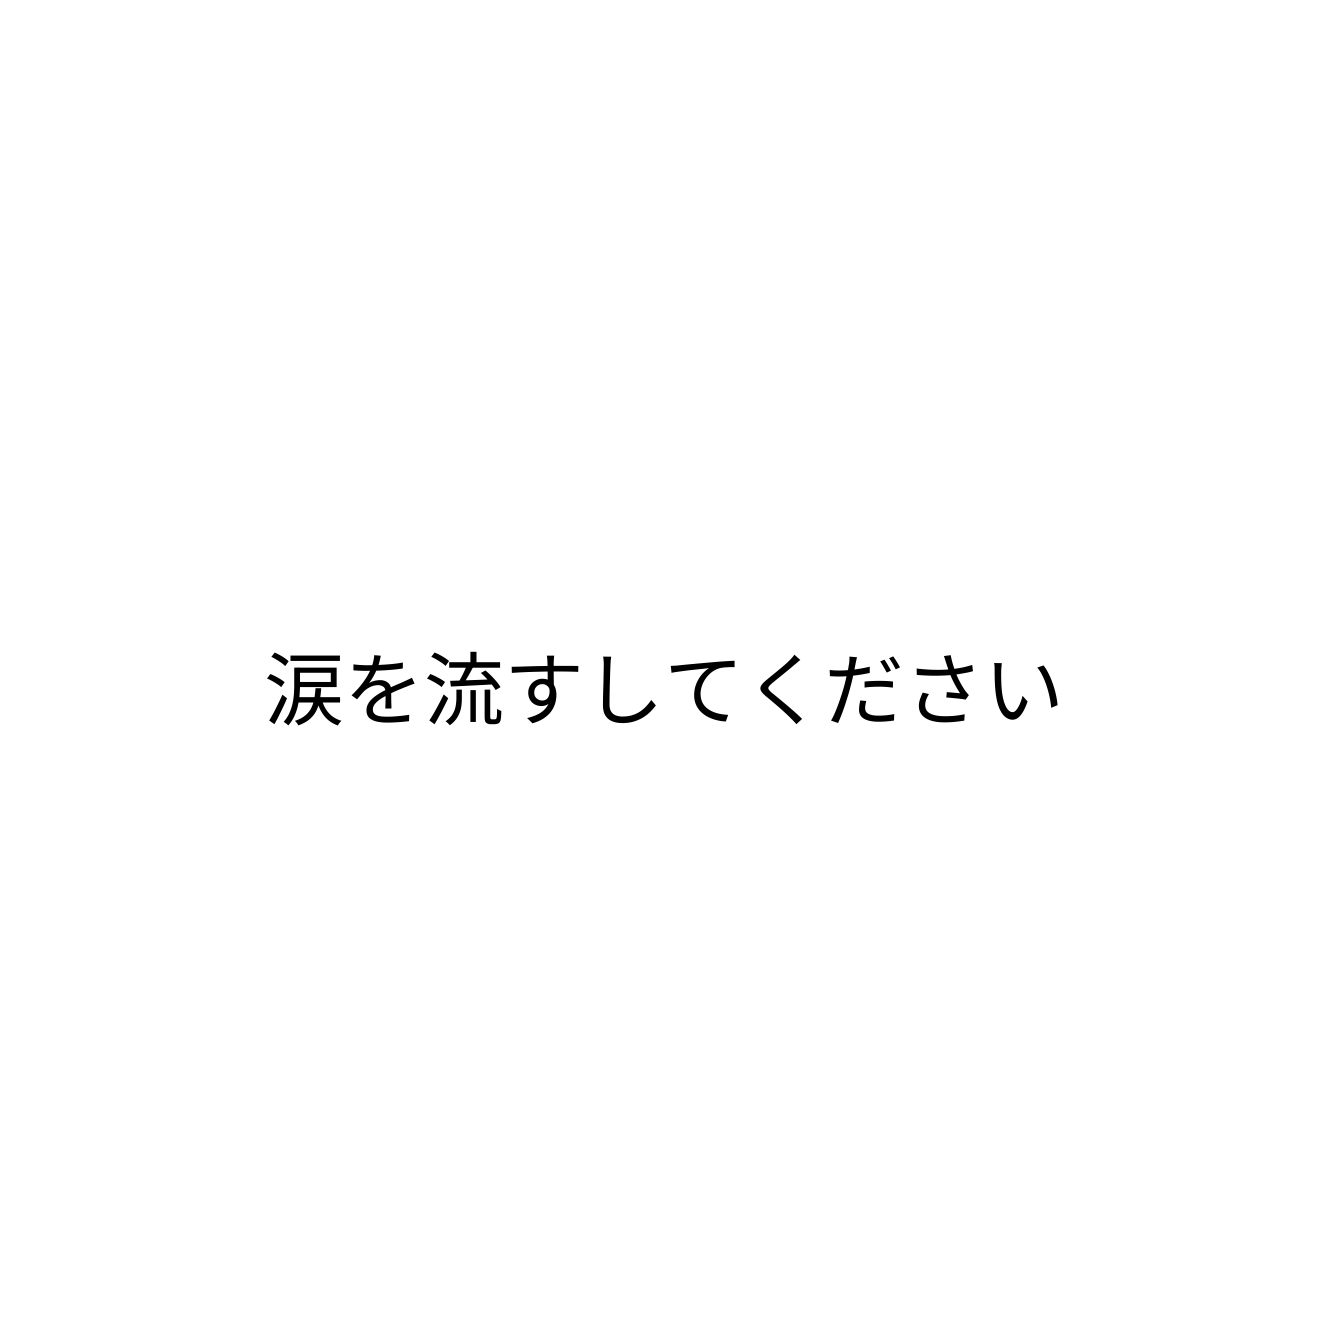
涙を流すしてください